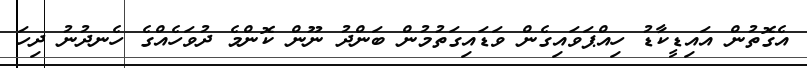
އެގޮތުން އައިޑީކާޑު ހިއްޕަވައިގެން ވަޑައިގަތުމުން ބަންދު ނޫން ކޮންމެ ދުވަހެއްގެ ހެނދުނު ދިހަ